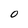
Character: 0